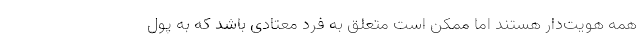
همه هویت‌دار هستند اما ممکن است متعلق به فرد معتادی باشد که به پول